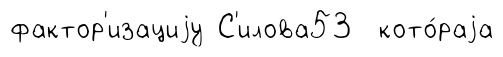
фактор'изациjу С'илова53 кото́раjа